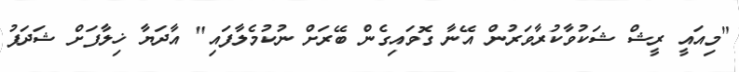
"މިއައީ ރީޝް ޝަކުވާކުރާވަރުން އޭނާ ގޮވައިގެން ބޭރަށް ނުކުމެލާފައި" އާދަޔާ ޚިލާފަށް ޝަދަފު